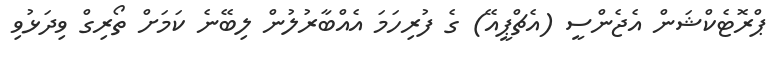
ޕްރޮޓެކްޝަން އެޖެންސީ (އެޗްޕީއޭ) ގެ ފުރިހަމަ އެއްބާރުލުން ލިބޭނެ ކަމަށް ތޯރިގް ވިދަޅުވި